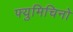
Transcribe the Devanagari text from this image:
फ्युमिचिनो